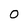
Character: O